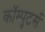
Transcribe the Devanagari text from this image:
कॉम्पुटर्स